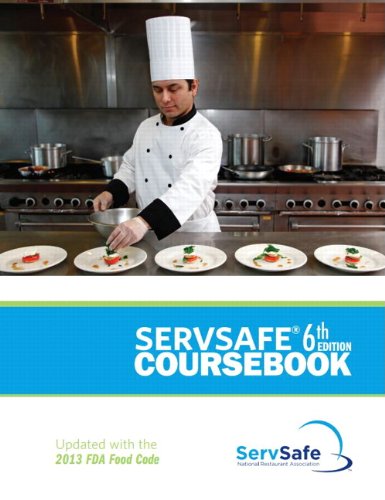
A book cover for ServSafe Coursebook, Revised (6th Edition); National Restaurant Association; Business & Money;